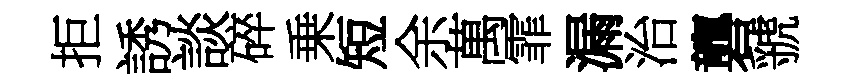
拒誘談碎乗短余萬霏漏治礱虢